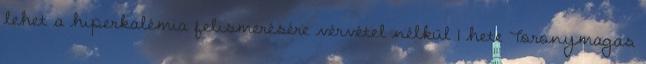
lehet a hiperkalémia felismerésére vérvétel nélkül 1 hete Toronymagas